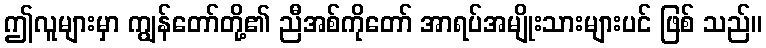
ဤလူများမှာ ကျွန်တော်တို့၏ ညီအစ်ကိုတော် အာရပ်အမျိုးသားများပင် ဖြစ် သည်။